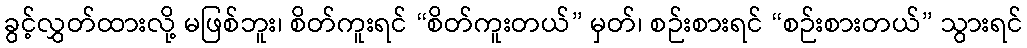
ခွင့်လွှတ်ထားလို့ မဖြစ်ဘူး၊ စိတ်ကူးရင် “စိတ်ကူးတယ်” မှတ်၊ စဉ်းစားရင် “စဉ်းစားတယ်” သွားရင်